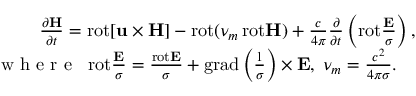
\begin{array} { r } { \frac { \partial { \bf H } } { \partial t } = \mathrm { r o t } { \bf [ u \times H ] } - \mathrm { r o t } ( \nu _ { m } \, \mathrm { r o t } { \bf H } ) + \frac { c } { 4 \pi } \frac { \partial } { \partial t } \left( \mathrm { r o t } \frac { { \bf E } } { \sigma } \right) , \quad } \\ { { { \mathrm { ~ w ~ h ~ e ~ r ~ e ~ } } } \; \; \mathrm { r o t } \frac { { \bf E } } { \sigma } = \frac { \mathrm { r o t } { \bf E } } { \sigma } + \mathrm { g r a d } \left( \frac { 1 } { \sigma } \right) \times { \bf E } , \; \nu _ { m } = \frac { c ^ { 2 } } { 4 \pi \sigma } . \qquad } \end{array}